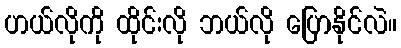
ဟယ်လိုကို ထိုင်းလို ဘယ်လို ပြောနိုင်လဲ။